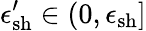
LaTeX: \epsilon_{\mathrm{sh}}^{\prime}\in(0,\epsilon_{\mathrm{sh}}]